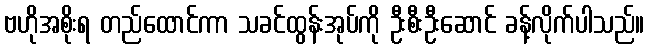
ဗဟိုအစိုးရ တည်ထောင်ကာ သခင်ထွန်းအုပ်ကို ဦးစီးဦးဆောင် ခန့်လိုက်ပါသည်။